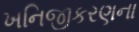
ખનિજીકરણના